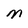
Character: M